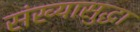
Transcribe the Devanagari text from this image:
संख्यासुद्धा